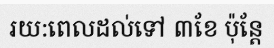
រយ:ពេលដល់ទៅ ៣ខែ ប៉ុន្តែ